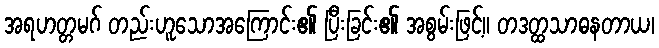
အရဟတ္တမဂ် တည်းဟူသောအကြောင်း၏ ပြီးခြင်း၏ အစွမ်းဖြင့်။ တဒတ္ထသာဓနတာယ၊